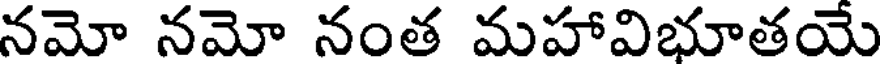
నమో నమో నంత మహావిభూతయే